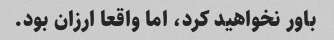
باور نخواهید کرد، اما واقعا ارزان بود.